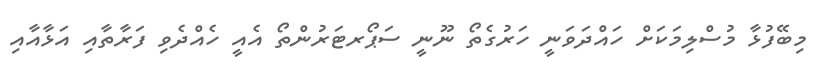
މިބޭފުޅާ މުސްލިމަކަށް ހައްދަވަނީ ހަރުގެތޯ ނޫނީ ސަޕޯރޓަރުންތޯ އެއީ ހެއްދެވި ފަރާތާއި އަޅާއާއި